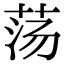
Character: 荡